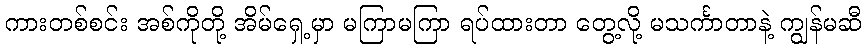
ကားတစ်စင်း အစ်ကိုတို့ အိမ်ရှေ့မှာ မကြာမကြာ ရပ်ထားတာ တွေ့လို့ မသင်္ကာတာနဲ့ ကျွန်မဆီ